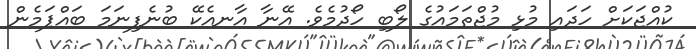
ކުއްޖަކަށް ހަދައި މުޅި މުޖްތަމައުގެ ލޯބި ހޯދުމެވެ. އޭނާ އާނއެކޭ ބުނެފިނަމަ ބައްޕަމެން